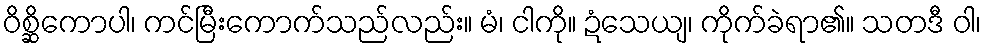
ဝိစ္ဆိကောပါ၊ ကင်မြီးကောက်သည်လည်း။ မံ၊ ငါကို။ ဍံသေယျ၊ ကိုက်ခဲရာ၏။ သတဒီ ဝါ၊